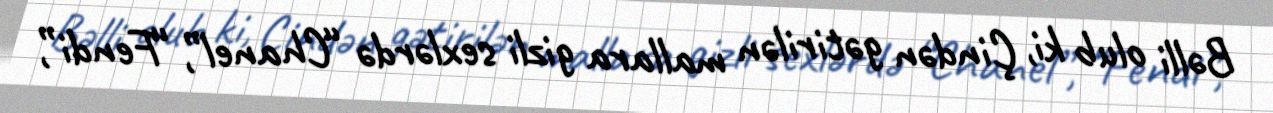
Bəlli olub ki, Çindən gətirilən mallara gizli sexlərdə “Chanel”, “Fendi”,